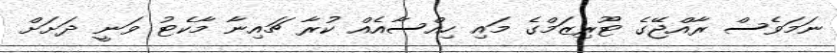
ނަމަވެސް ރާއްޖޭގެ ޓޫރިޒަމްގެ މައި ހިއްސާއެއް ކުރާ ޗައިނާ މާކެޓު ވަނީ ދަށަށް